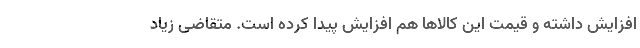
افزایش داشته و قیمت این کالاها هم افزایش پیدا کرده است. متقاضی زیاد